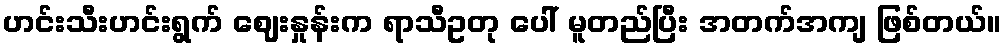
ဟင်းသီးဟင်းရွက် ဈေးနှုန်းက ရာသီဥတု ပေါ် မူတည်ပြီး အတက်အကျ ဖြစ်တယ်။